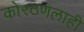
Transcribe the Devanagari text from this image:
कोरठणलाही